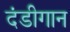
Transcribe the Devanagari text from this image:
दंडीगान